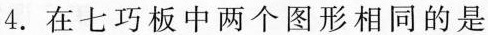
4.在七巧板中两个图形相同的是